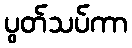
ပွတ်သပ်ကာ